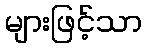
များဖြင့်သာ